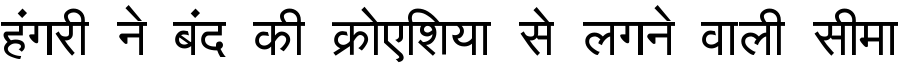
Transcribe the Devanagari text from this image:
हंगरी ने बंद की क्रोएशिया से लगने वाली सीमा